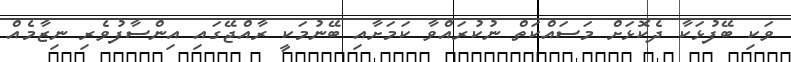
ވަކި ބޭފުޅަކާ ދެކޮޅަށް މަސައްކަތް ނުކުރައްވާ ކަމަށާއި ބޭނުމަކީ ރާއްޖޭގައި އިންސާފުވެރި ނިޒާމެއް